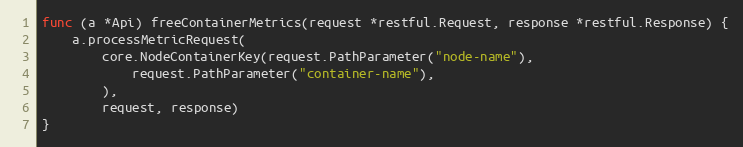
Language: Go
func (a *Api) freeContainerMetrics(request *restful.Request, response *restful.Response) {
	a.processMetricRequest(
		core.NodeContainerKey(request.PathParameter("node-name"),
			request.PathParameter("container-name"),
		),
		request, response)
}